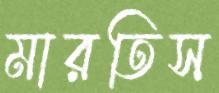
মারতিস